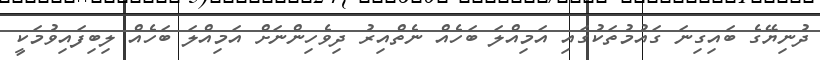
ދުނިޔޭގެ ބައިގިނަ ގައުމުތަކުގައި އަމިއްލަ ބަހެއް ނެތްއިރު ދިވެހިންނަށް އަމިއްލަ ބަހެއް ލިބިފައިވުމަކީ